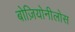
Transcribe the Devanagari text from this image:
बोज़ियोनीलोस